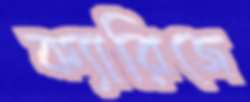
ক্যারিজে